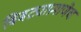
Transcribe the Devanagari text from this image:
बिबट्याप्रमाणेच